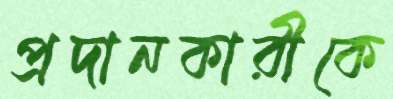
প্রদানকারীকে